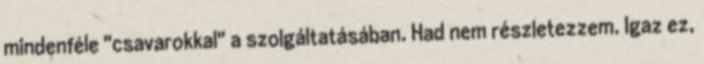
mindenféle "csavarokkal" a szolgáltatásában. Had nem részletezzem. Igaz ez,